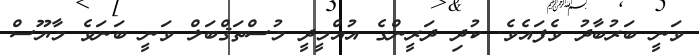
ވަނީ ބަރުބާދު ވެފައެވެ. ކުދި ދަރީންގެ އުއްމީދީ މުސްތަޤްބަލް ވަނީ ބަނަވެ މާޔޫސް